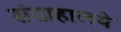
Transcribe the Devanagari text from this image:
संग्राहालये